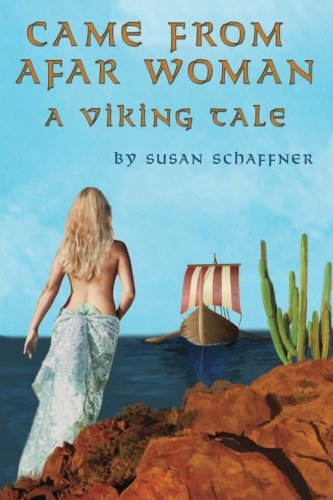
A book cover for Came From Afar Woman: A Viking Tale (Book 1); Susan Schaffner; Romance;